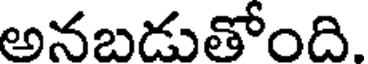
అనబడుతోంది.